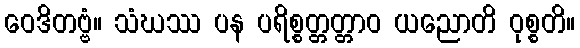
ဝေဒိတဗ္ဗံ။ သံဃဿ ပန ပရိစ္စတ္တတ္တာဝ ယညောတိ ဝုစ္စတိ။